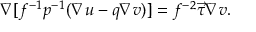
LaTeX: \nabla [ f ^ { - 1 } p ^ { - 1 } ( \nabla u - q \nabla v ) ] = f ^ { - 2 } \vec { \tau } \nabla v .